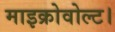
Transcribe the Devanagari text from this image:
माइक्रोवोल्ट।